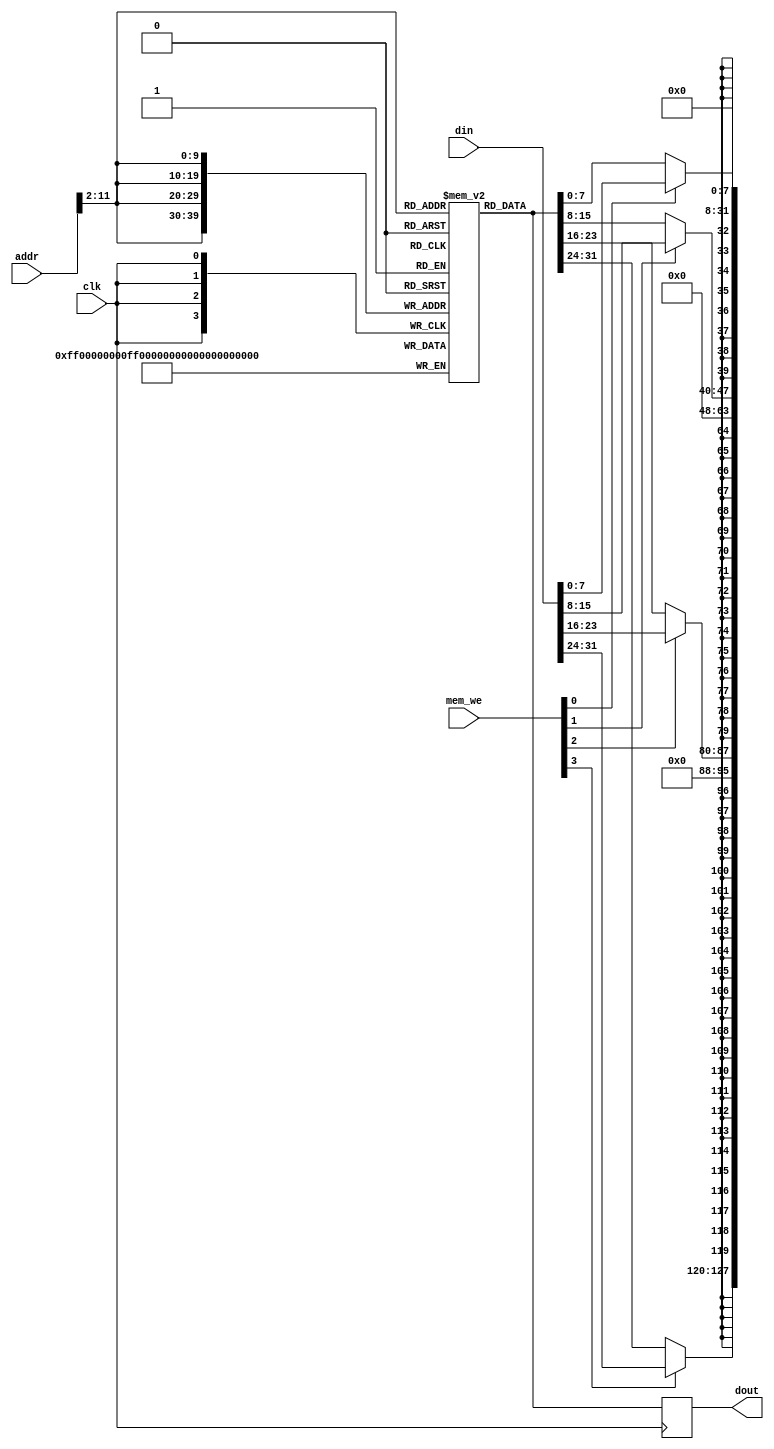
  module data_mem (dout, addr, clk, din, mem_we);

	//read_addr and write_addr combined
	input [31:0] addr, din;
	input [3:0] mem_we;
	input clk;
	output reg [31:0] dout;

	reg [31:0] mem [0:1023]; 

	always @(posedge clk) 
		begin
			//mem[addr]<=din; addr[9:0] because 2^10=1024
			mem[addr[11:2]][7:0] <= mem_we[0] ? din[7:0] : mem[addr[11:2]][7:0];
      		mem[addr[11:2]][15:8] <= mem_we[1] ? din[15:8] : mem[addr[11:2]][15:8];
      		mem[addr[11:2]][23:16] <= mem_we[2] ? din[23:16] : mem[addr[11:2]][23:16];
      		mem[addr[11:2]][31:24] <= mem_we[3] ? din[31:24] : mem[addr[11:2]][31:24];
			dout = mem[addr[11:2]][31:0];    
		end
		   

endmodule